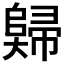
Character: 𡚖